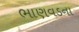
ભાણવડના